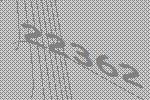
22362